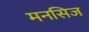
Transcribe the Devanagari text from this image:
मनसिज